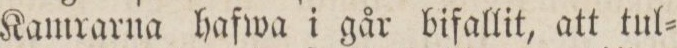
Kamrarna hafwa i går bifallit, att tul=